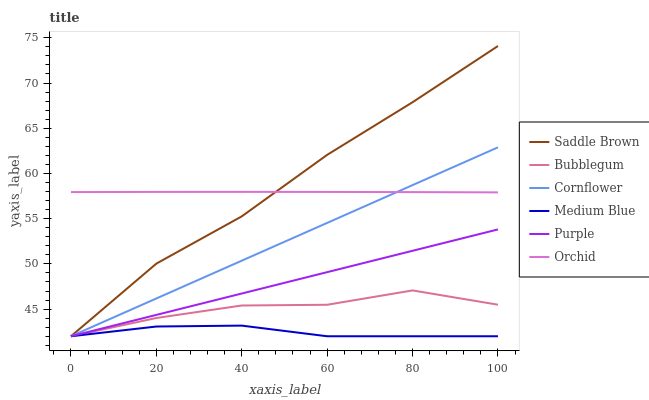
| xaxis_label | Saddle Brown | Bubblegum | Cornflower | Medium Blue | Purple | Orchid |
 | --- | --- | --- | --- | --- | --- | --- |
 | 0 | 42 | 42 | 42 | 42 | 42 | 57.9 |
 | 20 | 50 | 44 | 46.2 | 43.1 | 44.4 | 58 |
 | 40 | 55.3 | 45.4 | 50.4 | 43.2 | 46.7 | 58 |
 | 60 | 62.1 | 45.5 | 54.5 | 42 | 49.1 | 58 |
 | 80 | 67.9 | 47.1 | 58.7 | 42 | 51.4 | 57.9 |
 | 100 | 74.1 | 45.5 | 62.9 | 42 | 53.8 | 57.9 |